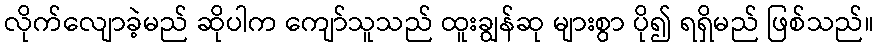
လိုက်လျောခဲ့မည် ဆိုပါက ကျော်သူသည် ထူးချွန်ဆု များစွာ ပို၍ ရရှိမည် ဖြစ်သည်။